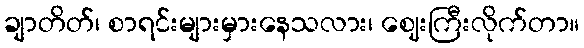
ချာတိတ်၊ စာရင်းများမှားနေသလား၊ ဈေးကြီးလိုက်တာ။